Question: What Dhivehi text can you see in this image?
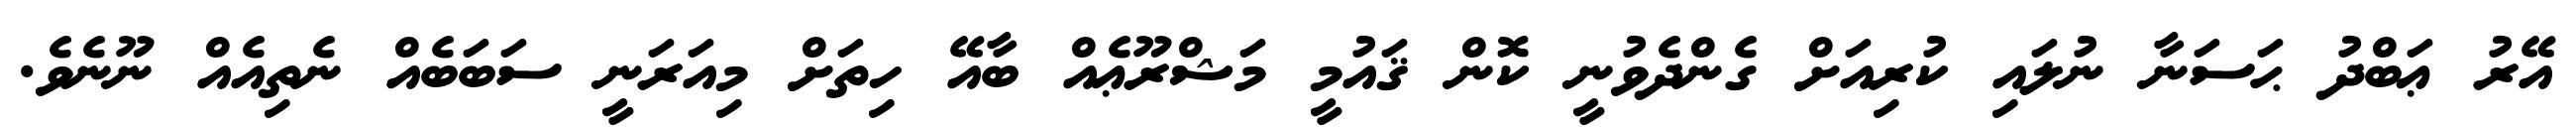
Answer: އޭރު ޢަބްދު ޙަސަނާ ނުލައި ކުރިއަށް ގެންދެވުނީ ކޮން ޤައުމީ މަޝްރޫޢެއް ބާއޭ ހިތަށް މިއަރަނީ ސަބަބެއް ނެތިއެއް ނޫނެވެ.